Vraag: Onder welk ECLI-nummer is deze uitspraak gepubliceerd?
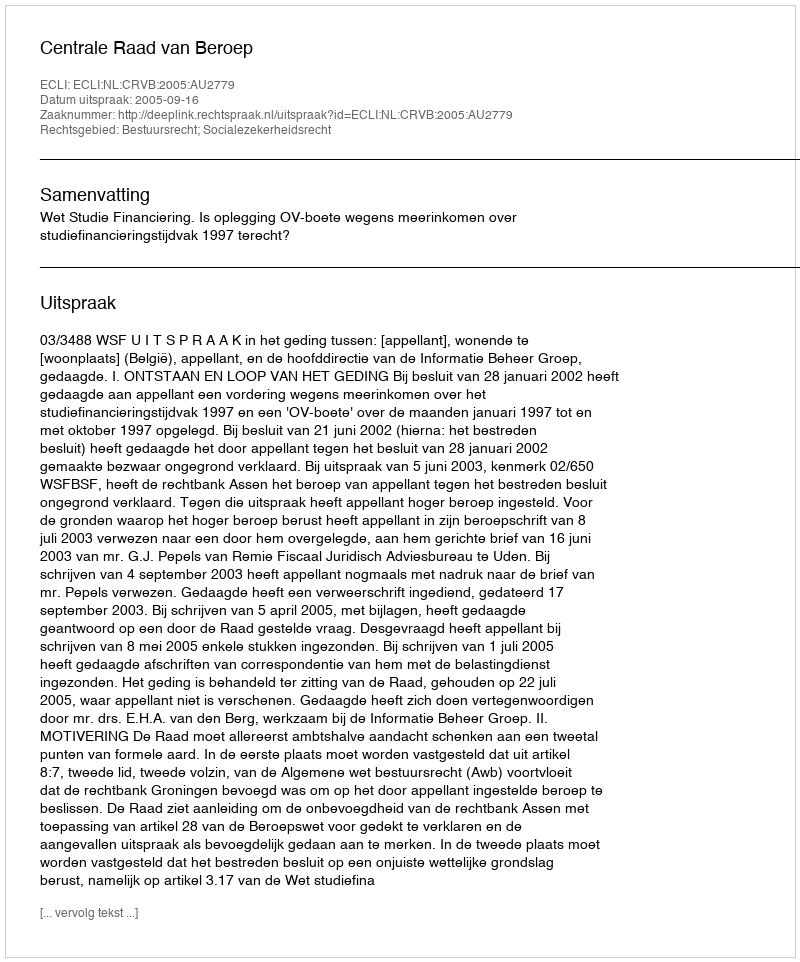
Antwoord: ECLI:NL:CRVB:2005:AU2779